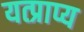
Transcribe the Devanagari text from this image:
यत्प्राप्य